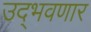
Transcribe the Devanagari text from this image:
उद्‌भवणार